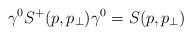
LaTeX: \begin{align*}\gamma^0 S^+(p,p_\perp)\gamma^0=S(p,p_\perp)\end{align*}